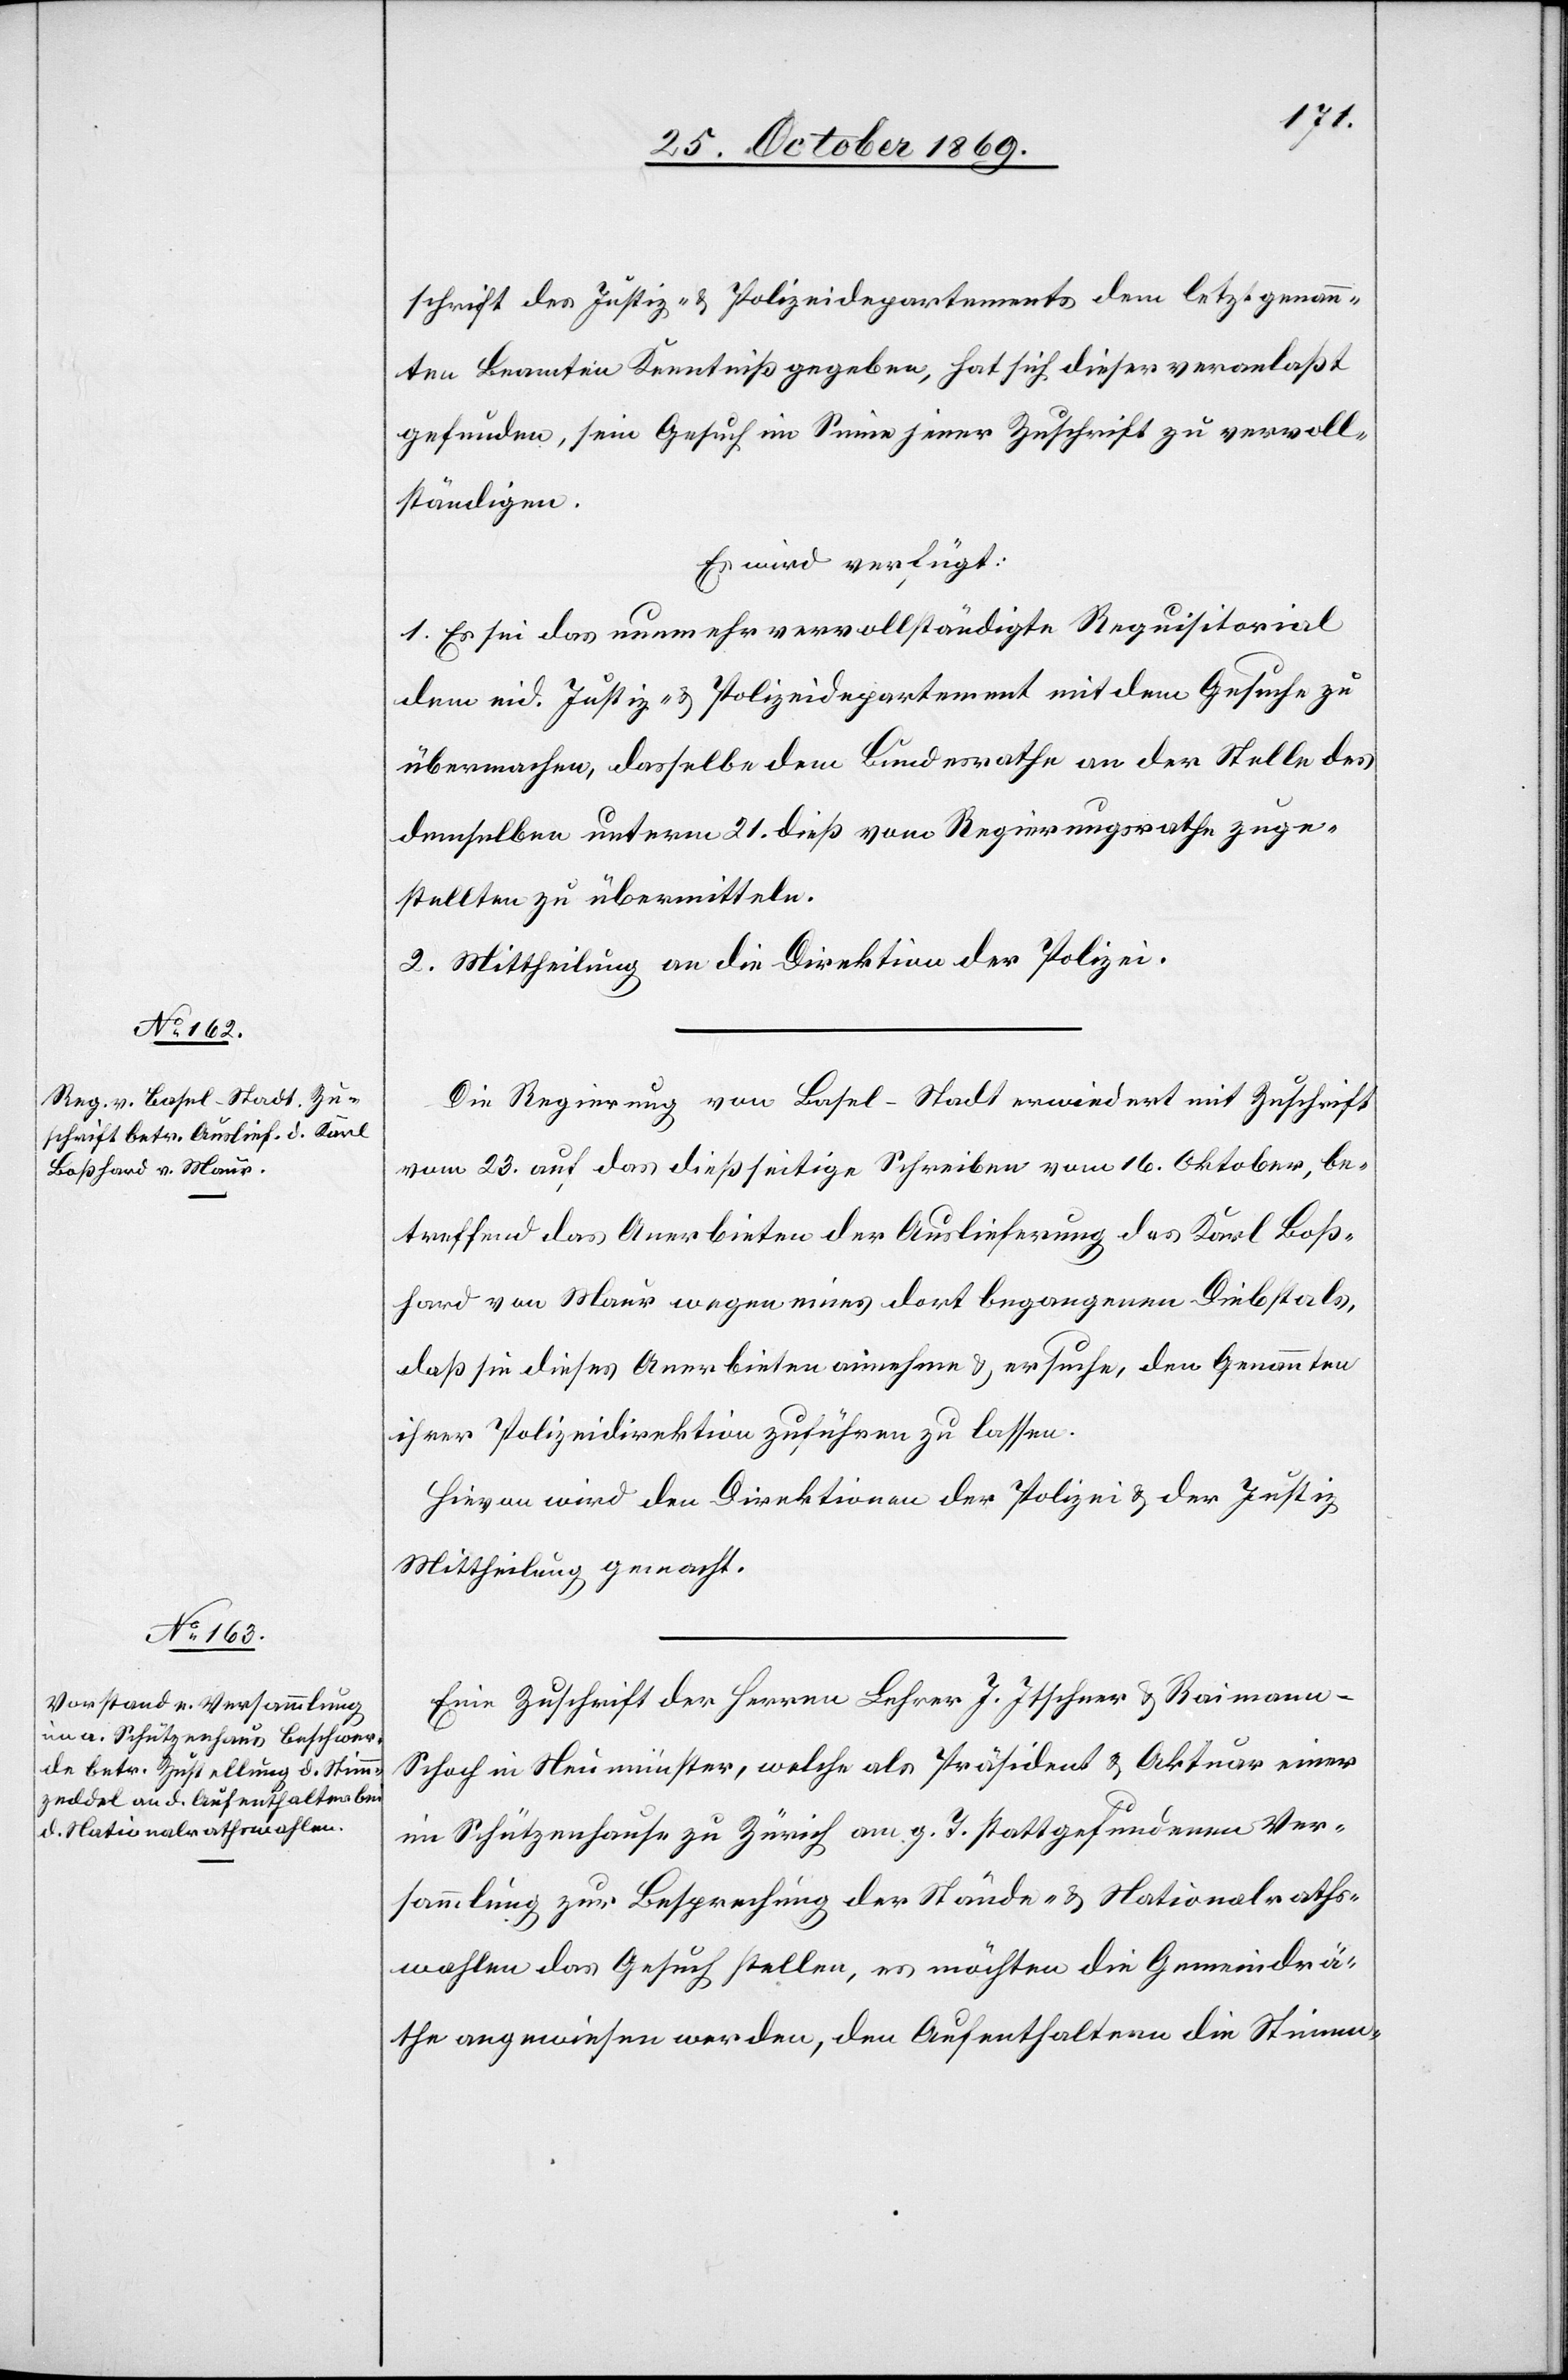
25. October 1869.]
schrift des Justiz- & Polizeidepartements dem letztgenann¬
ten Beamten Kenntniß gegeben, hat sich dieser veranlaßt
gefunden, sein Gesuch im Sinne jener Zuschrift zu vervoll¬
ständigen.
Es wird verfügt:
1. Es sei das nunmehr vervollständigte Requisitorial
dem eid. Justiz- & Polizeidepartement mit dem Gesuche zu
übermachen, dasselbe dem Bundesrathe an der Stelle des
demselben unterm 21. dieß vom Regierungsrathe zuge¬
stellten zu übermitteln.
2. Mittheilung an die Direktion der Polizei.
Die Regierung von Basel-Stadt erwiedert mit Zuschrift
vom 23. auf das dießseitige Schreiben vom 16. Oktober, be¬
treffend das Anerbieten der Auslieferung des Karl Boß¬
hard von Maur wegen eines dort begangenen Diebstals,
daß sie dieses Anerbieten annehme & ersuche, den Genannten
ihrer Polizeidirektion zuführen zu lassen.
Hievon wird den Direktionen der Polizei & der Justiz
Mittheilung gemacht.
Eine Zuschrift der Herren Lehrer J. Itschner & Raiman¬
n-Schoch in Neumünster, welche als Präsident & Aktuar einer
im Schützenhause zu Zürich am g. T. stattgefundenen Ver¬
sammlung zur Besprechung der Stände- & Nationalraths¬
wahlen das Gesuch stellen, es möchten die Gemeindrä¬
the angewiesen werden, den Aufenthaltern die Stimm-